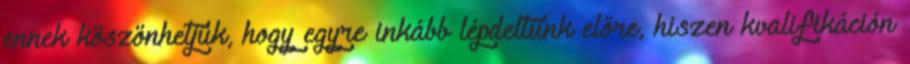
ennek köszönhetjük, hogy egyre inkább lépdeltünk előre, hiszen kvalifikáción